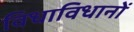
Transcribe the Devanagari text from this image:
विधाविधानों